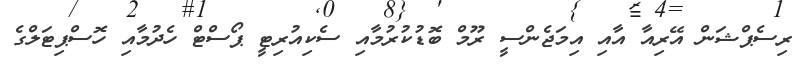
ރިސެޕްޝަން އޭރިއާ އާއި އިމަޖެންސީ ރޫމް ބޮޑުކުރުމާއި ސެކިއުރިޓީ ޕޯސްޓް ހެދުމާއި ހޮސްޕިޓަލްގެ